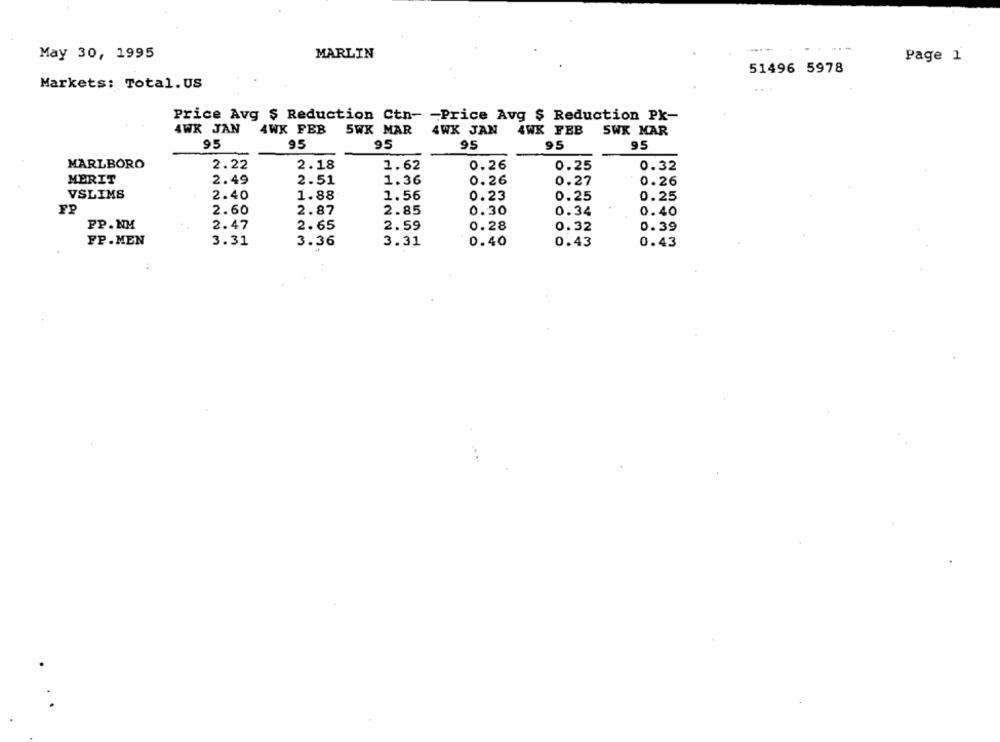
May 30, 1995
MARLIN
Page 1
51496 5978
Markets: Total.US
Price Avg $ Reduction Ctn- - Price Avg $ Reduction Pk-
AWR JAN
4WK FEB
5WK MAR
4WK JAN
4WK FEB
SWX MAR
95
95
95
95
95
95
MARLBORO
2.22
2.18
1.62
0.26
0.25
0.32
MERIT
2.49
2.51
1.36
0.26
0.27
0.26
VSLIMS
2.40
1.88
1.56
0.23
0.25
0.25
FP
2.60
2.87
2.85
0.30
0.34
0.40
PP.NM
2.47
2. 65
2.59
0.28
0.32
0.39
FP.MEN
3.31
3.36
3.31
0.40
0.43
0.43
: